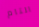
التام